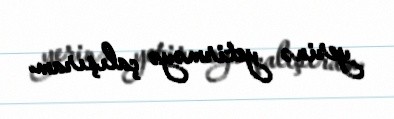
yerinə yetirməyə çalışıram.